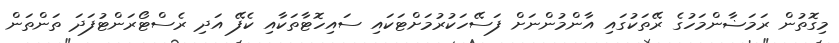
މިގޮތުން ރަމަޟާންމަހުގެ ރޭތަކުގައި އާންމުންނަށް ފަސޭހަކުރުމަށްޓަކައި ސައިހޮޓާތަކާއި ކެފޭ އަދި ރެސްޓޯރަންޓުފަދަ ތަންތަން